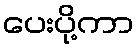
ပေးပို့ကာ